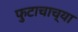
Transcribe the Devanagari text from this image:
फुटाचाच्या